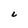
Character: C